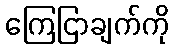
ကြေငြာချက်ကို